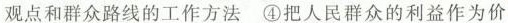
观点和群众路线的工作方法④把人民群众的利益作为价